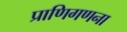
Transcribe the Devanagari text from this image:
प्राणिगणना